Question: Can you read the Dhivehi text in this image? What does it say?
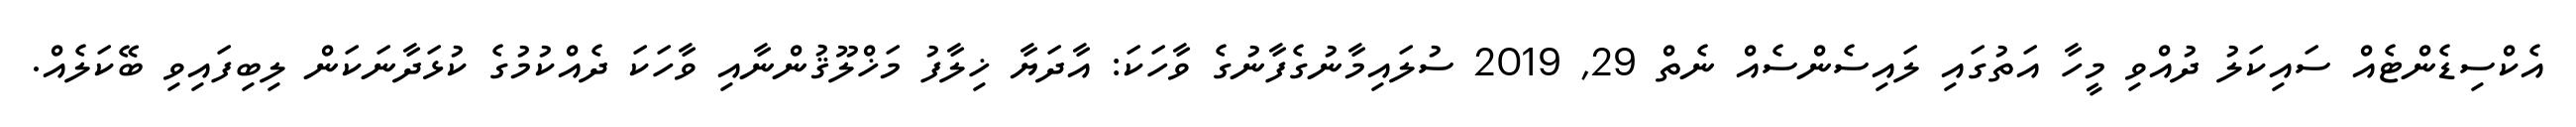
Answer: އެކްސިޑެންޓެއް ސައިކަލު ދުއްވި މީހާ އަތުގައި ލައިސެންސެއް ނެތް 29, 2019 ސުލައިމާނުގެފާނުގެ ވާހަކަ: އާދަޔާ ޚިލާފު މަޚްލޫޤުންނާއި ވާހަކަ ދެއްކުމުގެ ކުޅަދާނަކަން ލިބިފައިވި ބޭކަލެއް.